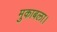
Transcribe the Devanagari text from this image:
मुकाबला।